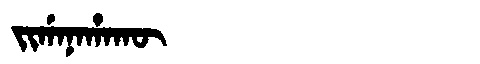
Manchu: ᠵᡳᡤᠠᠨᠠᡥᠠᡴᡡ
Romanization: JIGANAHAKŪ